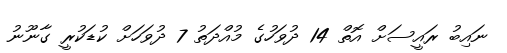
ނައިބު ރައީސަށް އޮތް 14 ދުވަހުގެ މުއްދަތު 7 ދުވަހަށް ކުޑަކުރީ ގާނޫނު